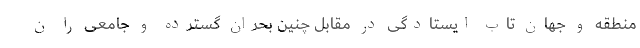
منطقه و جهان تاب ایستادگی در مقابل چنین بحران گسترده و جامعی را ن